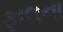
ફાલના